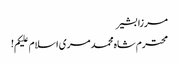
مرزا بشیر
محترم شاہ محمد مری اسلام علیکم!